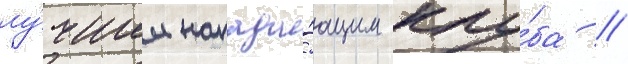
лу́чшим напада́ющим клу́ба //